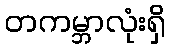
တကမ္ဘာလုံးရှိ